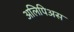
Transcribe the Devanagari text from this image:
अलिपिअस